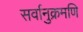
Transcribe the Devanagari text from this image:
सर्वानुक्रमणि